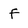
Character: f